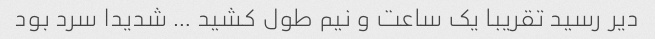
دیر رسید تقریبا یک ساعت و نیم طول کشید … شدیدا سرد بود